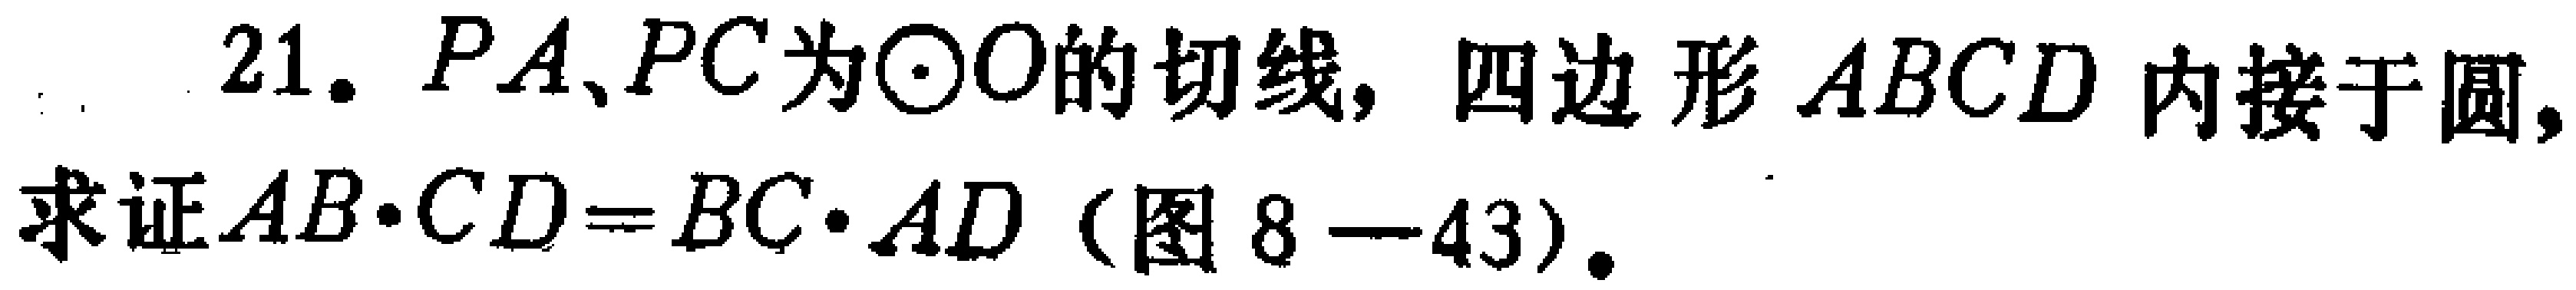
21. $PA、PC$为$\odot O$的切线，四边形$ABCD$内接于圆，求证$AB\cdot CD = BC\cdot AD$（图8—43）.